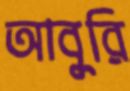
আবুরি